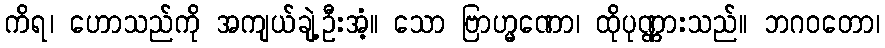
ကိရ၊ ဟောသည်ကို အကျယ်ချဲ့ဦးအံ့။ သော ဗြာဟ္မဏော၊ ထိုပုဏ္ဏားသည်။ ဘဂဝတော၊